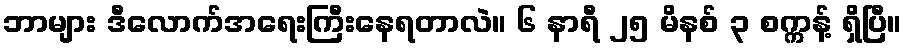
ဘာများ ဒီလောက်အရေးကြီးနေရတာလဲ။ ၆ နာရီ ၂၅ မိနစ် ၃ စက္ကန့် ရှိပြီ။